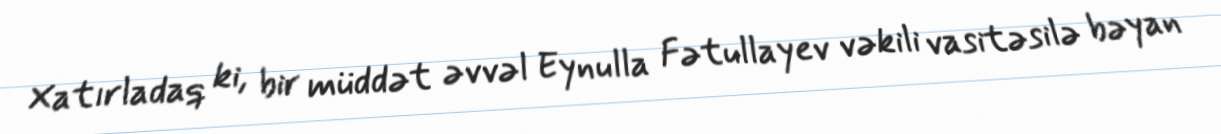
Xatırladaq ki, bir müddət əvvəl Eynulla Fətullayev vəkili vasitəsilə bəyan